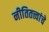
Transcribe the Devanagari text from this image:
नीतितत्त्वांचे